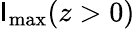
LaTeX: \mathsf{I}_{\mathrm{{max}}}(z>0)